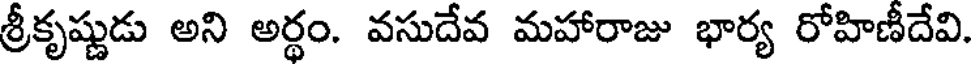
శ్రీకృష్ణుడు అని అర్థం. వసుదేవ మహారాజు భార్య రోహిణీదేవి.